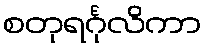
စတုရင်္ဂုလိကာ